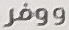
ووفر